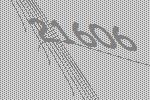
21606